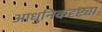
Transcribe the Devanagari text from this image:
आधुनिकदृष्ट्या